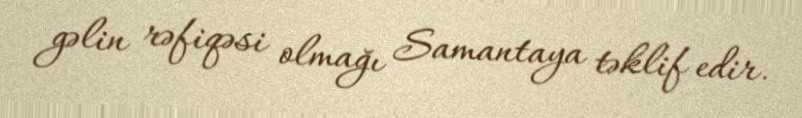
gəlin rəfiqəsi olmağı Samantaya təklif edir.